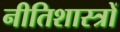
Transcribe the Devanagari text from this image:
नीतिशास्त्रों